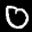
Label: 0